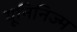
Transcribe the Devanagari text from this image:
यूनिनिज्म